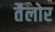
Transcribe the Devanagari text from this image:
तैलोर